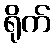
ရိုက်